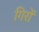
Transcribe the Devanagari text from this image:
गिरों